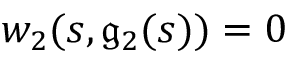
w _ { 2 } ( s , \mathfrak { g } _ { 2 } ( s ) ) = 0